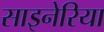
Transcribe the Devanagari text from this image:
साइनेरिया